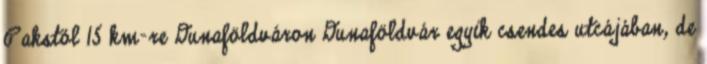
Pakstól 15 km-re Dunaföldváron Dunaföldvár egyik csendes utcájában, de